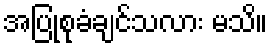
အပြုစုခံချင်သလား မသိ။